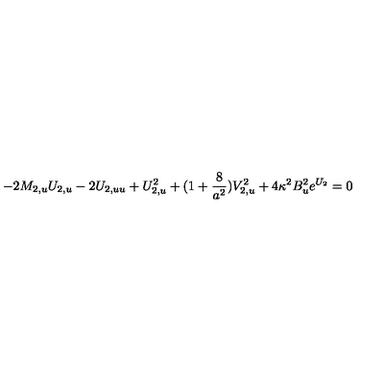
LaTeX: - 2 M _ { 2 , u } U _ { 2 , u } - 2 U _ { 2 , u u } + U _ { 2 , u } ^ { 2 } + ( 1 + { \frac { 8 } { a ^ { 2 } } } ) V _ { 2 , u } ^ { 2 } + 4 \kappa ^ { 2 } B _ { u } ^ { 2 } e ^ { U _ { 2 } } = 0